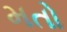
મતો